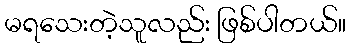
မရသေးတဲ့သူလည်း ဖြစ်ပါတယ်။